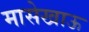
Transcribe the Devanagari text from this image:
मासेखाऊ